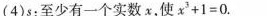
(4)s：至少有一个实数x，使$$x ^ { 3 } + 1 = 0$$.